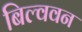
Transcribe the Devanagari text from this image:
बिल्ववन